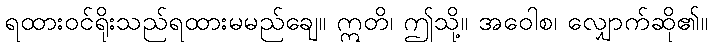
ရထားဝင်ရိုးသည်ရထားမမည်ချေ။ ဣတိ၊ ဤသို့။ အဝေါစ၊ လျှောက်ဆို၏။